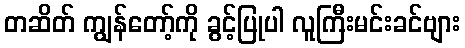
တဆိတ် ကျွန်တော့်ကို ခွင့်ပြုပါ လူကြီးမင်းခင်ဗျား